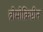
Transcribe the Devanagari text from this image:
ब्रोमोक्रिप्टीन